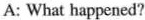
A: What happened?